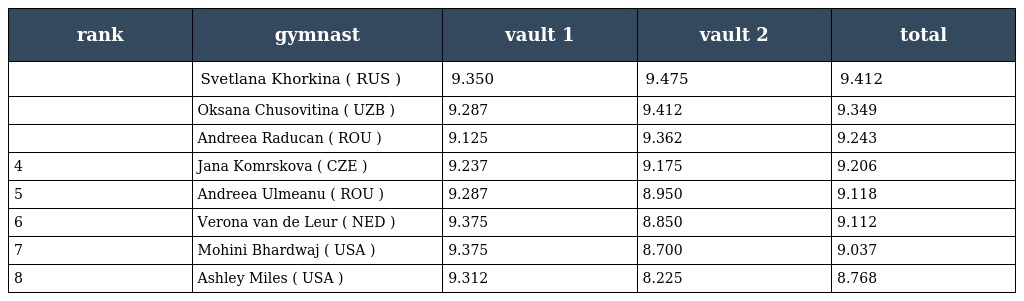
| rank | gymnast | vault 1 | vault 2 | total |
 | --- | --- | --- | --- | --- |
 |  | Svetlana Khorkina ( RUS ) | 9.350 | 9.475 | 9.412 |
 |  | Oksana Chusovitina ( UZB ) | 9.287 | 9.412 | 9.349 |
 |  | Andreea Raducan ( ROU ) | 9.125 | 9.362 | 9.243 |
 | 4 | Jana Komrskova ( CZE ) | 9.237 | 9.175 | 9.206 |
 | 5 | Andreea Ulmeanu ( ROU ) | 9.287 | 8.950 | 9.118 |
 | 6 | Verona van de Leur ( NED ) | 9.375 | 8.850 | 9.112 |
 | 7 | Mohini Bhardwaj ( USA ) | 9.375 | 8.700 | 9.037 |
 | 8 | Ashley Miles ( USA ) | 9.312 | 8.225 | 8.768 |